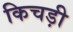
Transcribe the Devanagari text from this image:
किचड़ी